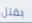
بقتل